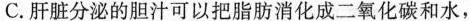
C.肝脏分泌的胆汁可以把脂肪消化成二氧化碳和水，